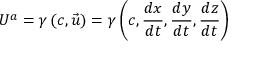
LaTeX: U ^ { a } = \gamma \left( c , { \vec { u } } \right) = \gamma \left( c , { \frac { d x } { d t } } , { \frac { d y } { d t } } , { \frac { d z } { d t } } \right)